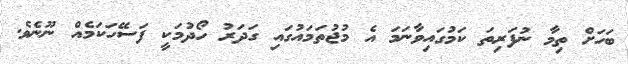
ބަހަށް ތިމާ ނުފަރިތަ ކަމުގައިވާނަމަ އެ މުޖުތަމައުގައި ގަދަރު ހޯދުމަކީ ފަސޭހަކަމެއް ނޫނެވެ.